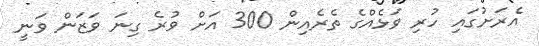
އެރަށުގައި ހުރި ވަޅެއްގެ ތެރެއިން 300 އަށް ވުރެ ގިނަ ވަޒަން ވަނީ